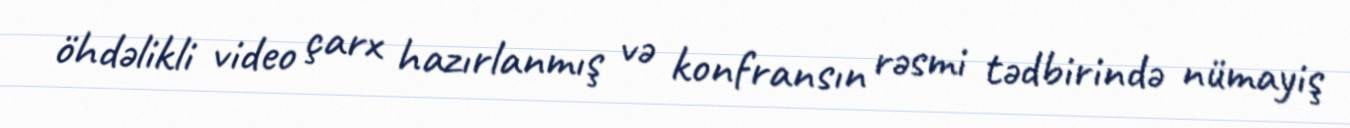
öhdəlikli video çarx hazırlanmış və konfransın rəsmi tədbirində nümayiş